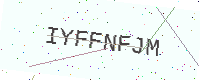
Text: IYFFNFJM